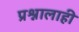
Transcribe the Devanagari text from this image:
प्रश्नालाही